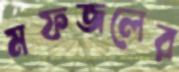
মফজলের